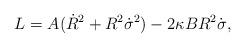
LaTeX: \begin{align*}L = A( \dot R ^2 + R^2 \dot\sigma ^2 ) - 2\kappa B R^2 \dot\sigma,\end{align*}